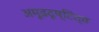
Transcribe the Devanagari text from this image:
अमूढदृष्टित्व